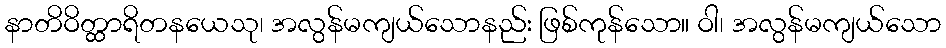
နာတိဝိတ္ထာရိတနယေသု၊ အလွန်မကျယ်သောနည်း ဖြစ်ကုန်သော။ ဝါ၊ အလွန်မကျယ်သော